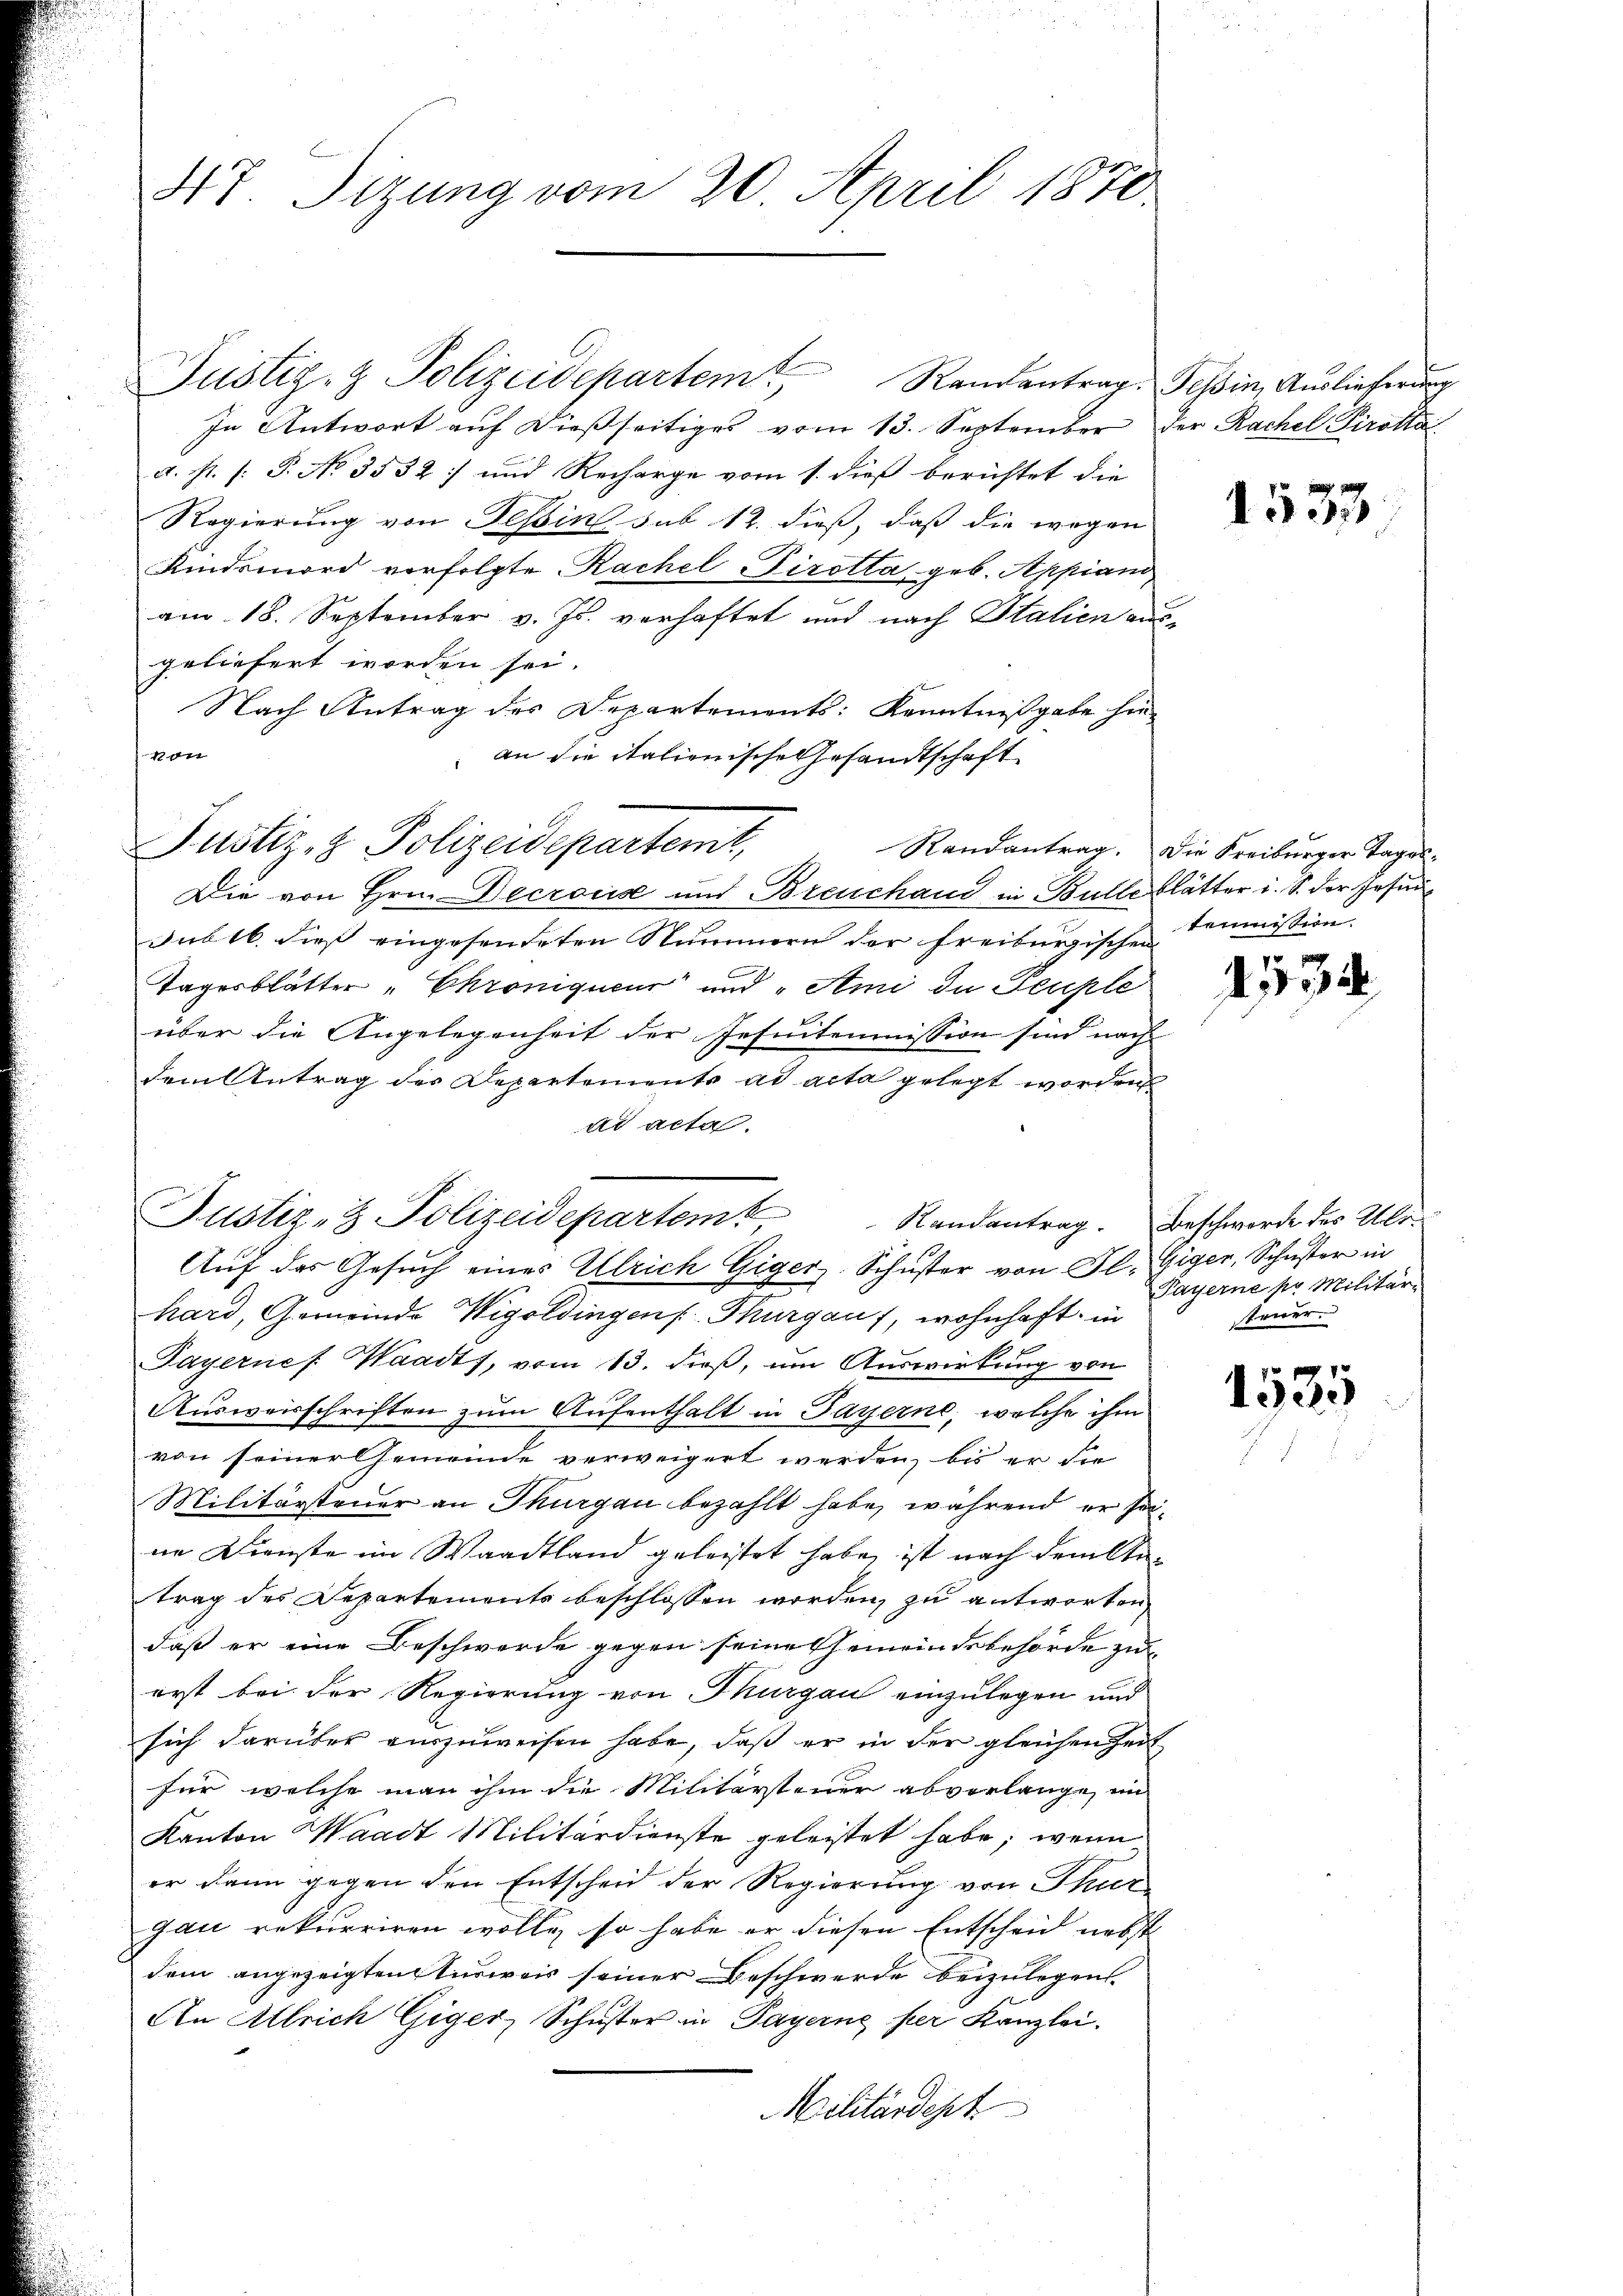
47. Sizung vom 20. April 1870

Justiz- & Polizeidepartem Randantrag. Tessin, Auslieferung
In Antwort auf dießseitiges vom 13. September der Rachel Pirotta
a. s. f. P. No 3532; und Recharge vom 1. dieß berichtet die
Regierung von Tessin sub 12. dieß, daß die wegen
Kindsmord vorfolgte Rachel irotta geb. Appian
am 18. September v. Js. verhaftet und nach Italien aus-
geliefert worden sei.
Nach Antrag des Departements: Kenntnißgabe hind
an die italienische Gesandtschaft
Die von Hrn. Decrouise und Breuchand in Bulle blätter i. S. der Insun
Sub 16. dies eingesendeten Nummern der freiburgischen Commission.
Tagesblätter "Chroniqueur und „Ami die Peuple
über die Angelegenheit der Insuitemmission sind nach
dem Antrag des Departements ad acta gelegt worden
ad acta.
Auf das Gesuch eines Ulrich Giger Schuster von Fl. Giger, Schuster in
hard, Gemeinde Wigoldingen Thurgau, wohnhaft in
Payernes Waadt, vom 13. dieß, um Auswirkung von
Ausweisschriften zum Aufenthalt in Payerne, welche ihm
von seiner Gemeinde verweigert werden, bis er die
Militärsteuer an Thurgau bezahlt habe, während er solne Dienste im Waadtland geleistet habe, ist nach dem Antrag des Departements beschlossen worden, zu antworten
daß er eine Beschwerde gegen seine Gemeindsbehörde zuerst bei der Regierung von Thurgau einzulegen und
sich darüber auszuweisen habe, daß er in der gleichen Zeit
für welche man ihm die Militärsteuer abverlange im
Kanton Waadt Militärdienste geleistet habe; wenn
er dann gegen den Entscheid der Regierung von Thur
gau rekurriren wolle, so habe er diesen Entscheid nebst
dem angezeigten Tirireis seiner Beschwerde beizulegen
An Allrich Giger, Schuster in Payerne her Kanzlei.
Militärdept

Justiz- & Polizeidepartemt,

Justiz- & Polizeidepartem Randantrag. Beschwerde des Ulo¬

1537

Randantrag. Die Freiburger Tages-

32

Payerne pr. Militärsteuer.

1535